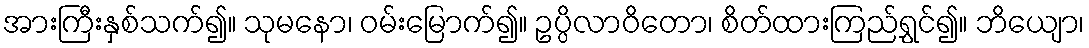
အားကြီးနှစ်သက်၍။ သုမနော၊ ဝမ်းမြောက်၍။ ဥပ္ပိလာဝိတော၊ စိတ်ထားကြည်ရွှင်၍။ ဘိယျော၊